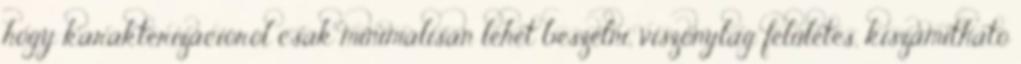
hogy karakterizációról csak minimálisan lehet beszélni, viszonylag felületes, kiszámítható